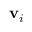
{ \bf v } _ { i }